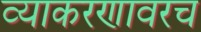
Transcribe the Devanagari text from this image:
व्याकरणावरच